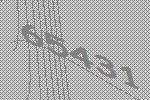
65431